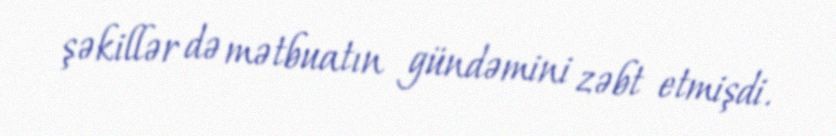
şəkillər də mətbuatın gündəmini zəbt etmişdi.